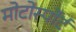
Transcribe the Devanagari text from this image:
मोटोर्स्पोर्ट